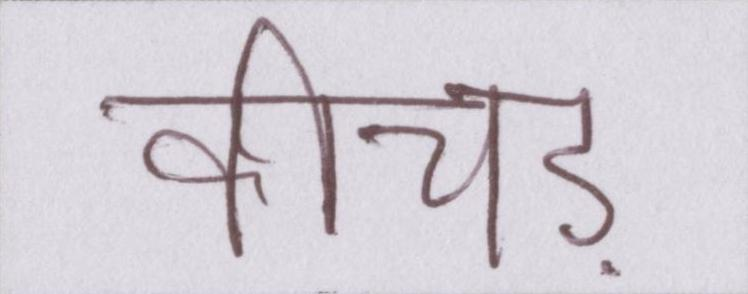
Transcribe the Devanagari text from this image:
कीचड़